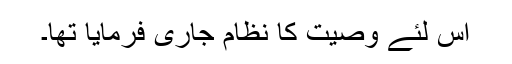
اس لئے وصیت کا نظام جاری فرمایا تھا۔